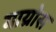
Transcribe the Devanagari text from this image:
गाय्रोस